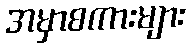
အမှာစကားများ